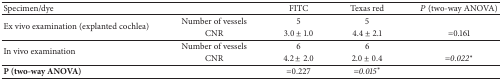
<table><thead><tr><td><b>Specimen/dye</b></td><td><b> </b></td><td><b>FITC</b></td><td><b>Texas red</b></td><td><b><i>P</i> (two-way ANOVA)</b></td></tr></thead><tbody><tr><td rowspan="2">Ex vivo examination (explanted cochlea)</td><td>Number of vessels</td><td>5</td><td>5</td><td> </td></tr><tr><td>CNR</td><td>3.0 ± 1.0</td><td>4.4 ± 2.1</td><td>=0.161</td></tr><tr><td rowspan="2">In vivo examination</td><td>Number of vessels</td><td>6</td><td>6</td><td> </td></tr><tr><td>CNR</td><td>4.2 ± 2.0</td><td>2.0 ± 0.4</td><td><i>=0.022</i><sup>*</sup></td></tr><tr><td><b>P</b><b> (two-way ANOVA)</b></td><td> </td><td>=0.227</td><td><i>=0.015</i><sup>*</sup></td><td> </td></tr></tbody></table>